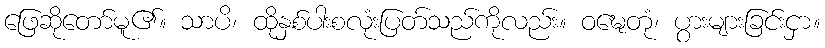
ဖြေဆိုတော်မူ၏။ သာပိ၊ ထိုနှစ်ပါးစလုံးပြတ်သည်ကိုလည်း။ ဝဍ္ဎေတုံ၊ ပွားများခြင်းငှာ။